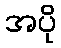
အပို